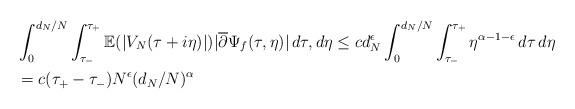
LaTeX: \begin{align*}&\int_{0}^{d_{N}/N}\int_{\tau_{-}}^{\tau_{+}}\mathbb{E}(|V_{N}(\tau+i\eta)|)|\overline{\partial} \Psi_{f}(\tau,\eta)|\,d\tau,d\eta \leq cd_{N}^{\epsilon}\int_{0}^{d_{N}/N}\int_{\tau_{-}}^{\tau_{+}}\eta^{\alpha-1-\epsilon}\,d\tau\,d\eta \\&= c(\tau_{+}-\tau_{-})N^{\epsilon}(d_{N}/N)^{\alpha}\end{align*}